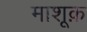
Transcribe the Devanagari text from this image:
माशूक़